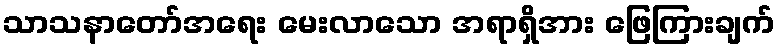
သာသနာတော်အရေး မေးလာသော အရာရှိအား ဖြေကြားချက်